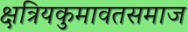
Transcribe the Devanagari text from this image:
क्षत्रियकुमावतसमाज